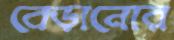
বেড়ানোর